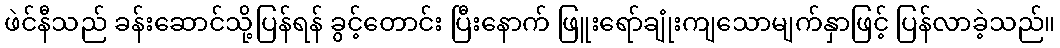
ဖဲင်နီသည် ခန်းဆောင်သို့ပြန်ရန် ခွင့်တောင်း ပြီးနောက် ဖြူးရော်ချုံးကျသောမျက်နှာဖြင့် ပြန်လာခဲ့သည်။